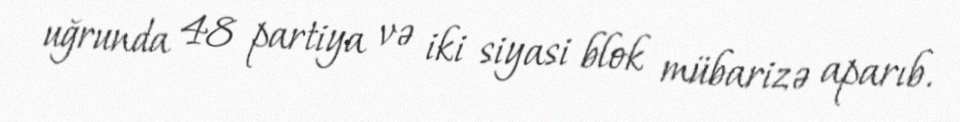
uğrunda 48 partiya və iki siyasi blok mübarizə aparıb.